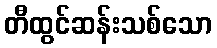
တီထွင်ဆန်းသစ်သော